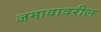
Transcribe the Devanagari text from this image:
जमावावरील